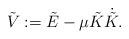
LaTeX: \begin{align*}\tilde V:= \tilde E-\mu \tilde K \dot {\tilde K}.\end{align*}